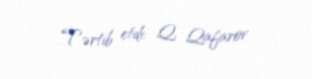
Tərtib etdi: Q. Qafarov